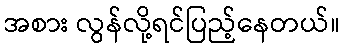
အစား လွန်လို့ရင်ပြည့်နေတယ်။